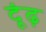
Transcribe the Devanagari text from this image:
दूंढ़